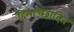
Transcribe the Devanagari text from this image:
हिमाच्‍छादित